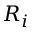
R _ { i }